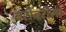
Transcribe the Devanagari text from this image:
बरोबरीला